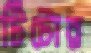
টিটোর